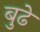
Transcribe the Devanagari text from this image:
बुढे